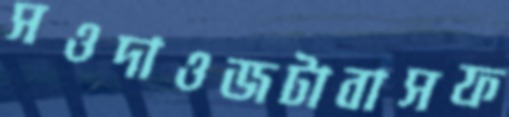
সওদাওজটাবাসফ